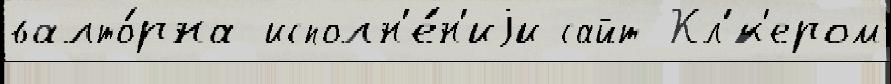
валто́рна исполн'е́н'иjи сайт Кл'́к'ером